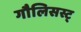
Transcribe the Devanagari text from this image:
गौलिसस्ट्